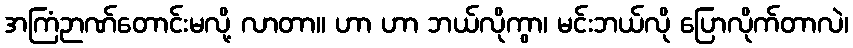
အကြံဉာဏ်တောင်းမလို့ လာတာ။ ဟာ ဟာ ဘယ်လိုကွာ၊ မင်းဘယ်လို ပြောလိုက်တာလဲ၊